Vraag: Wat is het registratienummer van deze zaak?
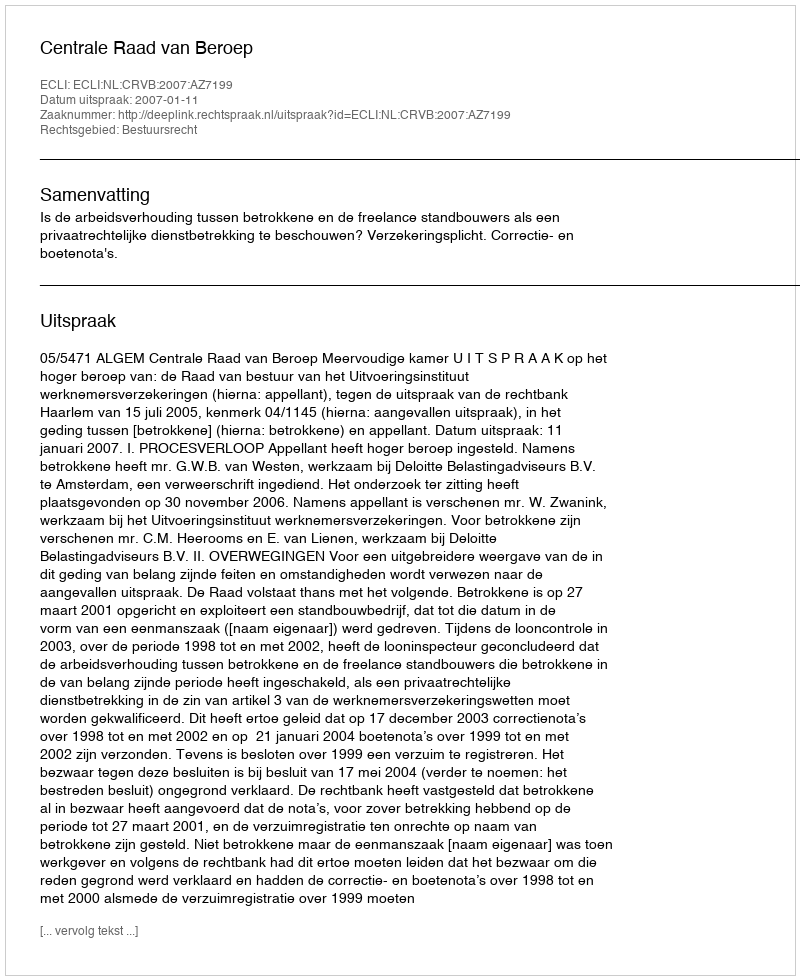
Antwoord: http://deeplink.rechtspraak.nl/uitspraak?id=ECLI:NL:CRVB:2007:AZ7199